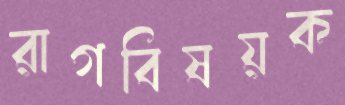
রাগবিষয়ক